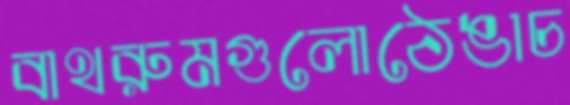
বাথরুমগুলোঠেঙাচ